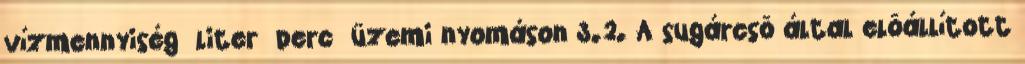
vízmennyiség liter perc üzemi nyomáson 3.2. A sugárcsõ által elõállított